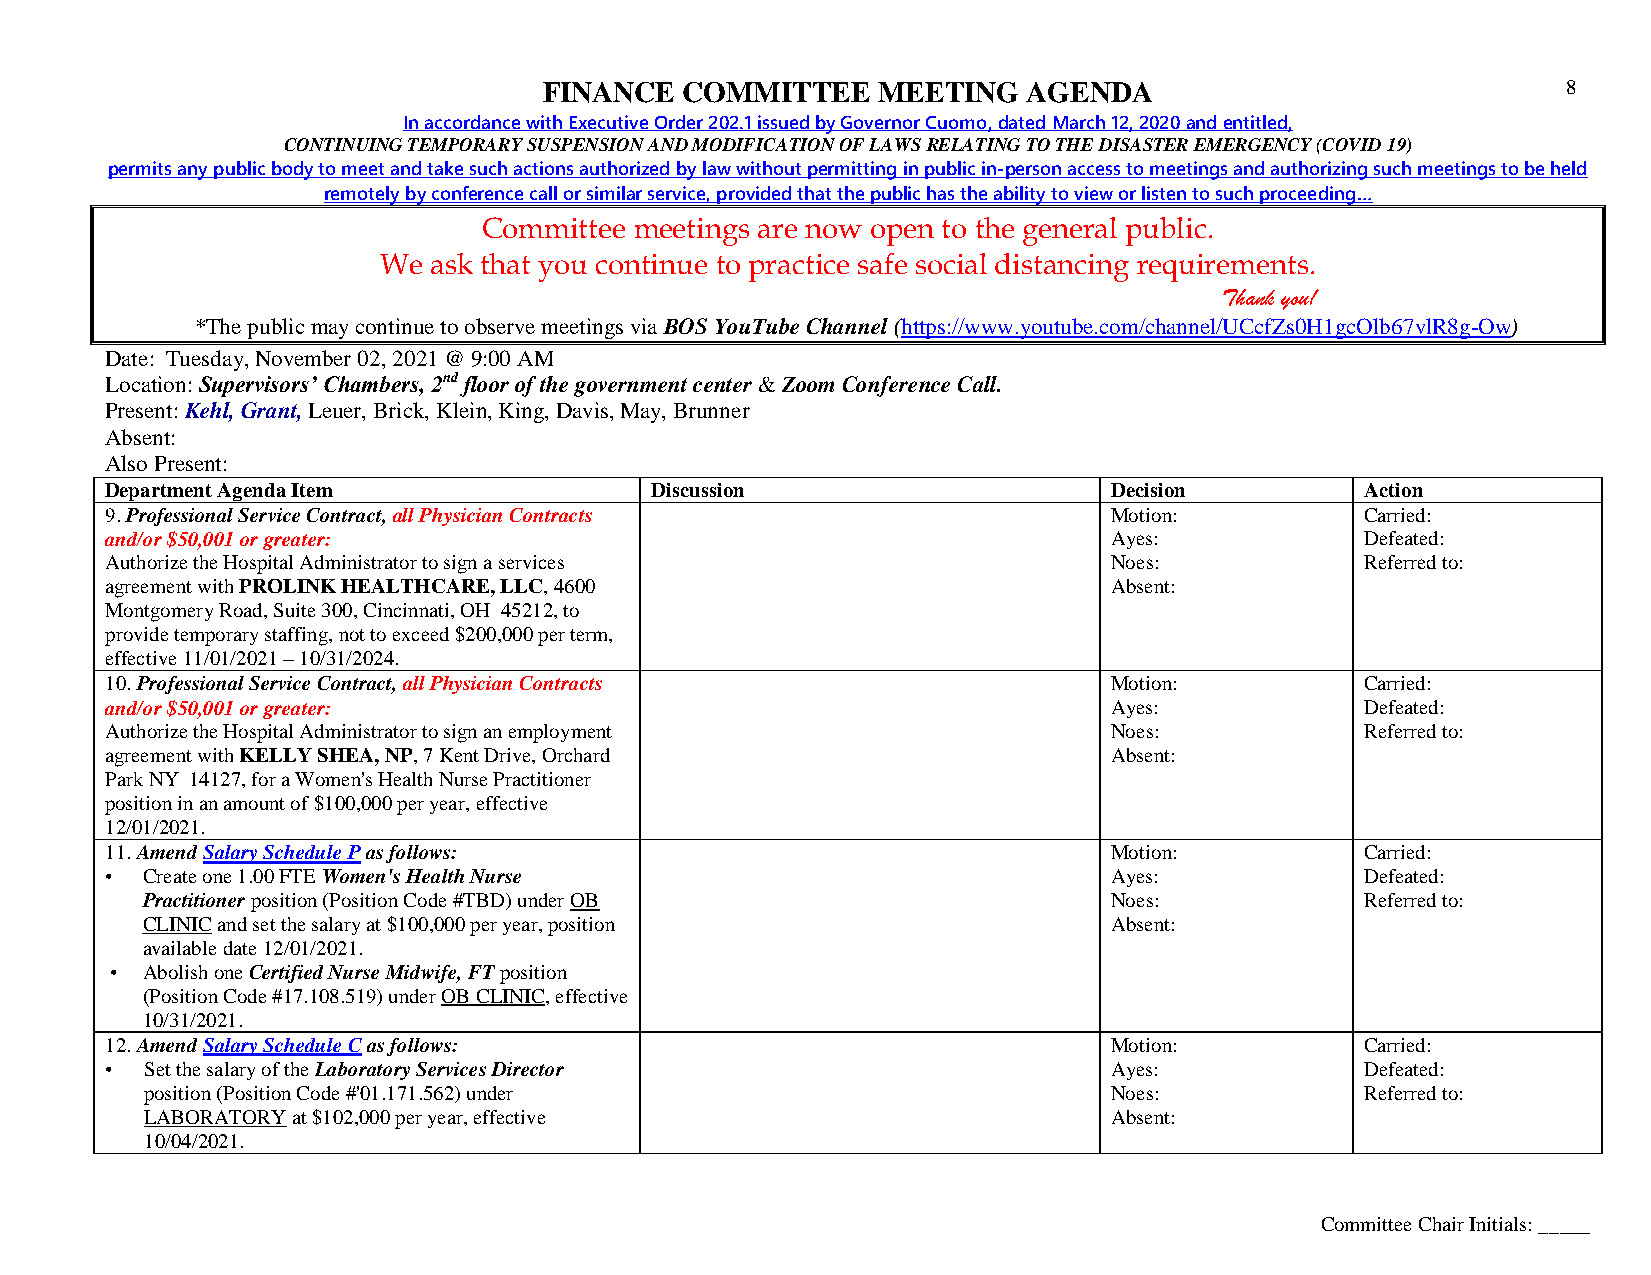
FINANCE  COMMITTEE    MEETING   AGENDA                              8
 In accordance with Executive Order 202.1 issued by Governor Cuomo, dated March 12, 2020 and entitled,
 CONTINUING TEMPORARY SUSPENSION AND MODIFICATION OF LAWS RELATING TO THE DISASTER EMERGENCY (COVID 19)
 permits any public body to meet and take such actions authorized by law without permitting in public in-person access to meetings and authorizing such meetings to be held
 remotely by conference call or similar service, provided that the public has the ability to view or listen to such proceeding…
 Committee meetings are now open to the general public.
 We ask that you continue to practice safe social distancing requirements.
 Thank you!
 *The public may continue to observe meetings via BOS YouTube Channel (https://www.youtube.com/channel/UCcfZs0H1gcOlb67vlR8g-Ow)
 Date: Tuesday, November 02, 2021 @ 9:00 AM
 Location: Supervisors’ Chambers, 2nd floor of the government center & Zoom Conference Call.
 Present: Kehl, Grant, Leuer, Brick, Klein, King, Davis, May, Brunner
 Absent:
 Also Present:
 Department Agenda Item              Discussion                    Decision         Action
 9. Professional Service Contract, all Physician Contracts         Motion:          Carried:
 and/or $50,001 or greater:                                        Ayes:            Defeated:
 Authorize the Hospital Administrator to sign a services           Noes:            Referred to:
 agreement with PROLINK HEALTHCARE, LLC, 4600                      Absent:
 Montgomery Road, Suite 300, Cincinnati, OH 45212, to
 provide temporary staffing, not to exceed $200,000 per term,
 effective 11/01/2021 – 10/31/2024.
 10. Professional Service Contract, all Physician Contracts        Motion:          Carried:
 and/or $50,001 or greater:                                        Ayes:            Defeated:
 Authorize the Hospital Administrator to sign an employment        Noes:            Referred to:
 agreement with KELLY SHEA, NP, 7 Kent Drive, Orchard              Absent:
 Park NY 14127, for a Women's Health Nurse Practitioner
 position in an amount of $100,000 per year, effective
 12/01/2021.
 11. Amend Salary Schedule P as follows:                           Motion:          Carried:
 • Create one 1.00 FTE Women's Health Nurse                        Ayes:            Defeated:
 Practitioner position (Position Code #TBD) under OB             Noes:            Referred to:
 CLINIC and set the salary at $100,000 per year, position        Absent:
 available date 12/01/2021.
 • Abolish one Certified Nurse Midwife, FT position
 (Position Code #17.108.519) under OB CLINIC, effective
 10/31/2021.
 12. Amend Salary Schedule C as follows:                           Motion:          Carried:
 •  Set the salary of the Laboratory Services Director             Ayes:            Defeated:
 position (Position Code #'01.171.562) under                    Noes:            Referred to:
 LABORATORY at $102,000 per year, effective                     Absent:
 10/04/2021.
 Committee Chair Initials: _____